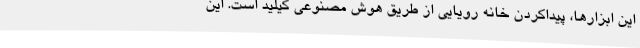
این ابزارها، پیداکردن خانه رویایی از طریق هوش مصنوعی کیلید است. این